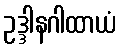
ဥဒ္ဒါနဂါထာယံ